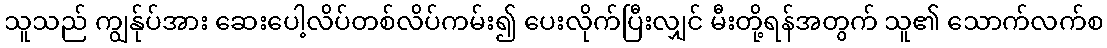
သူသည် ကျွန်ုပ်အား ဆေးပေါ့လိပ်တစ်လိပ်ကမ်း၍ ပေးလိုက်ပြီးလျှင် မီးတို့ရန်အတွက် သူ၏ သောက်လက်စ